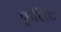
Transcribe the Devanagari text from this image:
कुलिंट